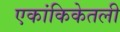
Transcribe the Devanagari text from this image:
एकांकिकेतली